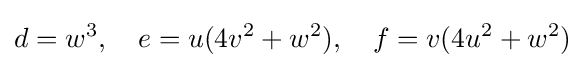
d=w^{3},\quad e=u(4v^{2}+w^{2}),\quad f=v(4u^{2}+w^{2})